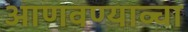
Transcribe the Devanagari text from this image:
आणवण्याव्चा